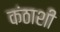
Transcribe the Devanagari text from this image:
कंठाशी